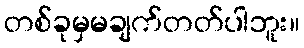
တစ်ခုမှမချက်တတ်ပါဘူး။